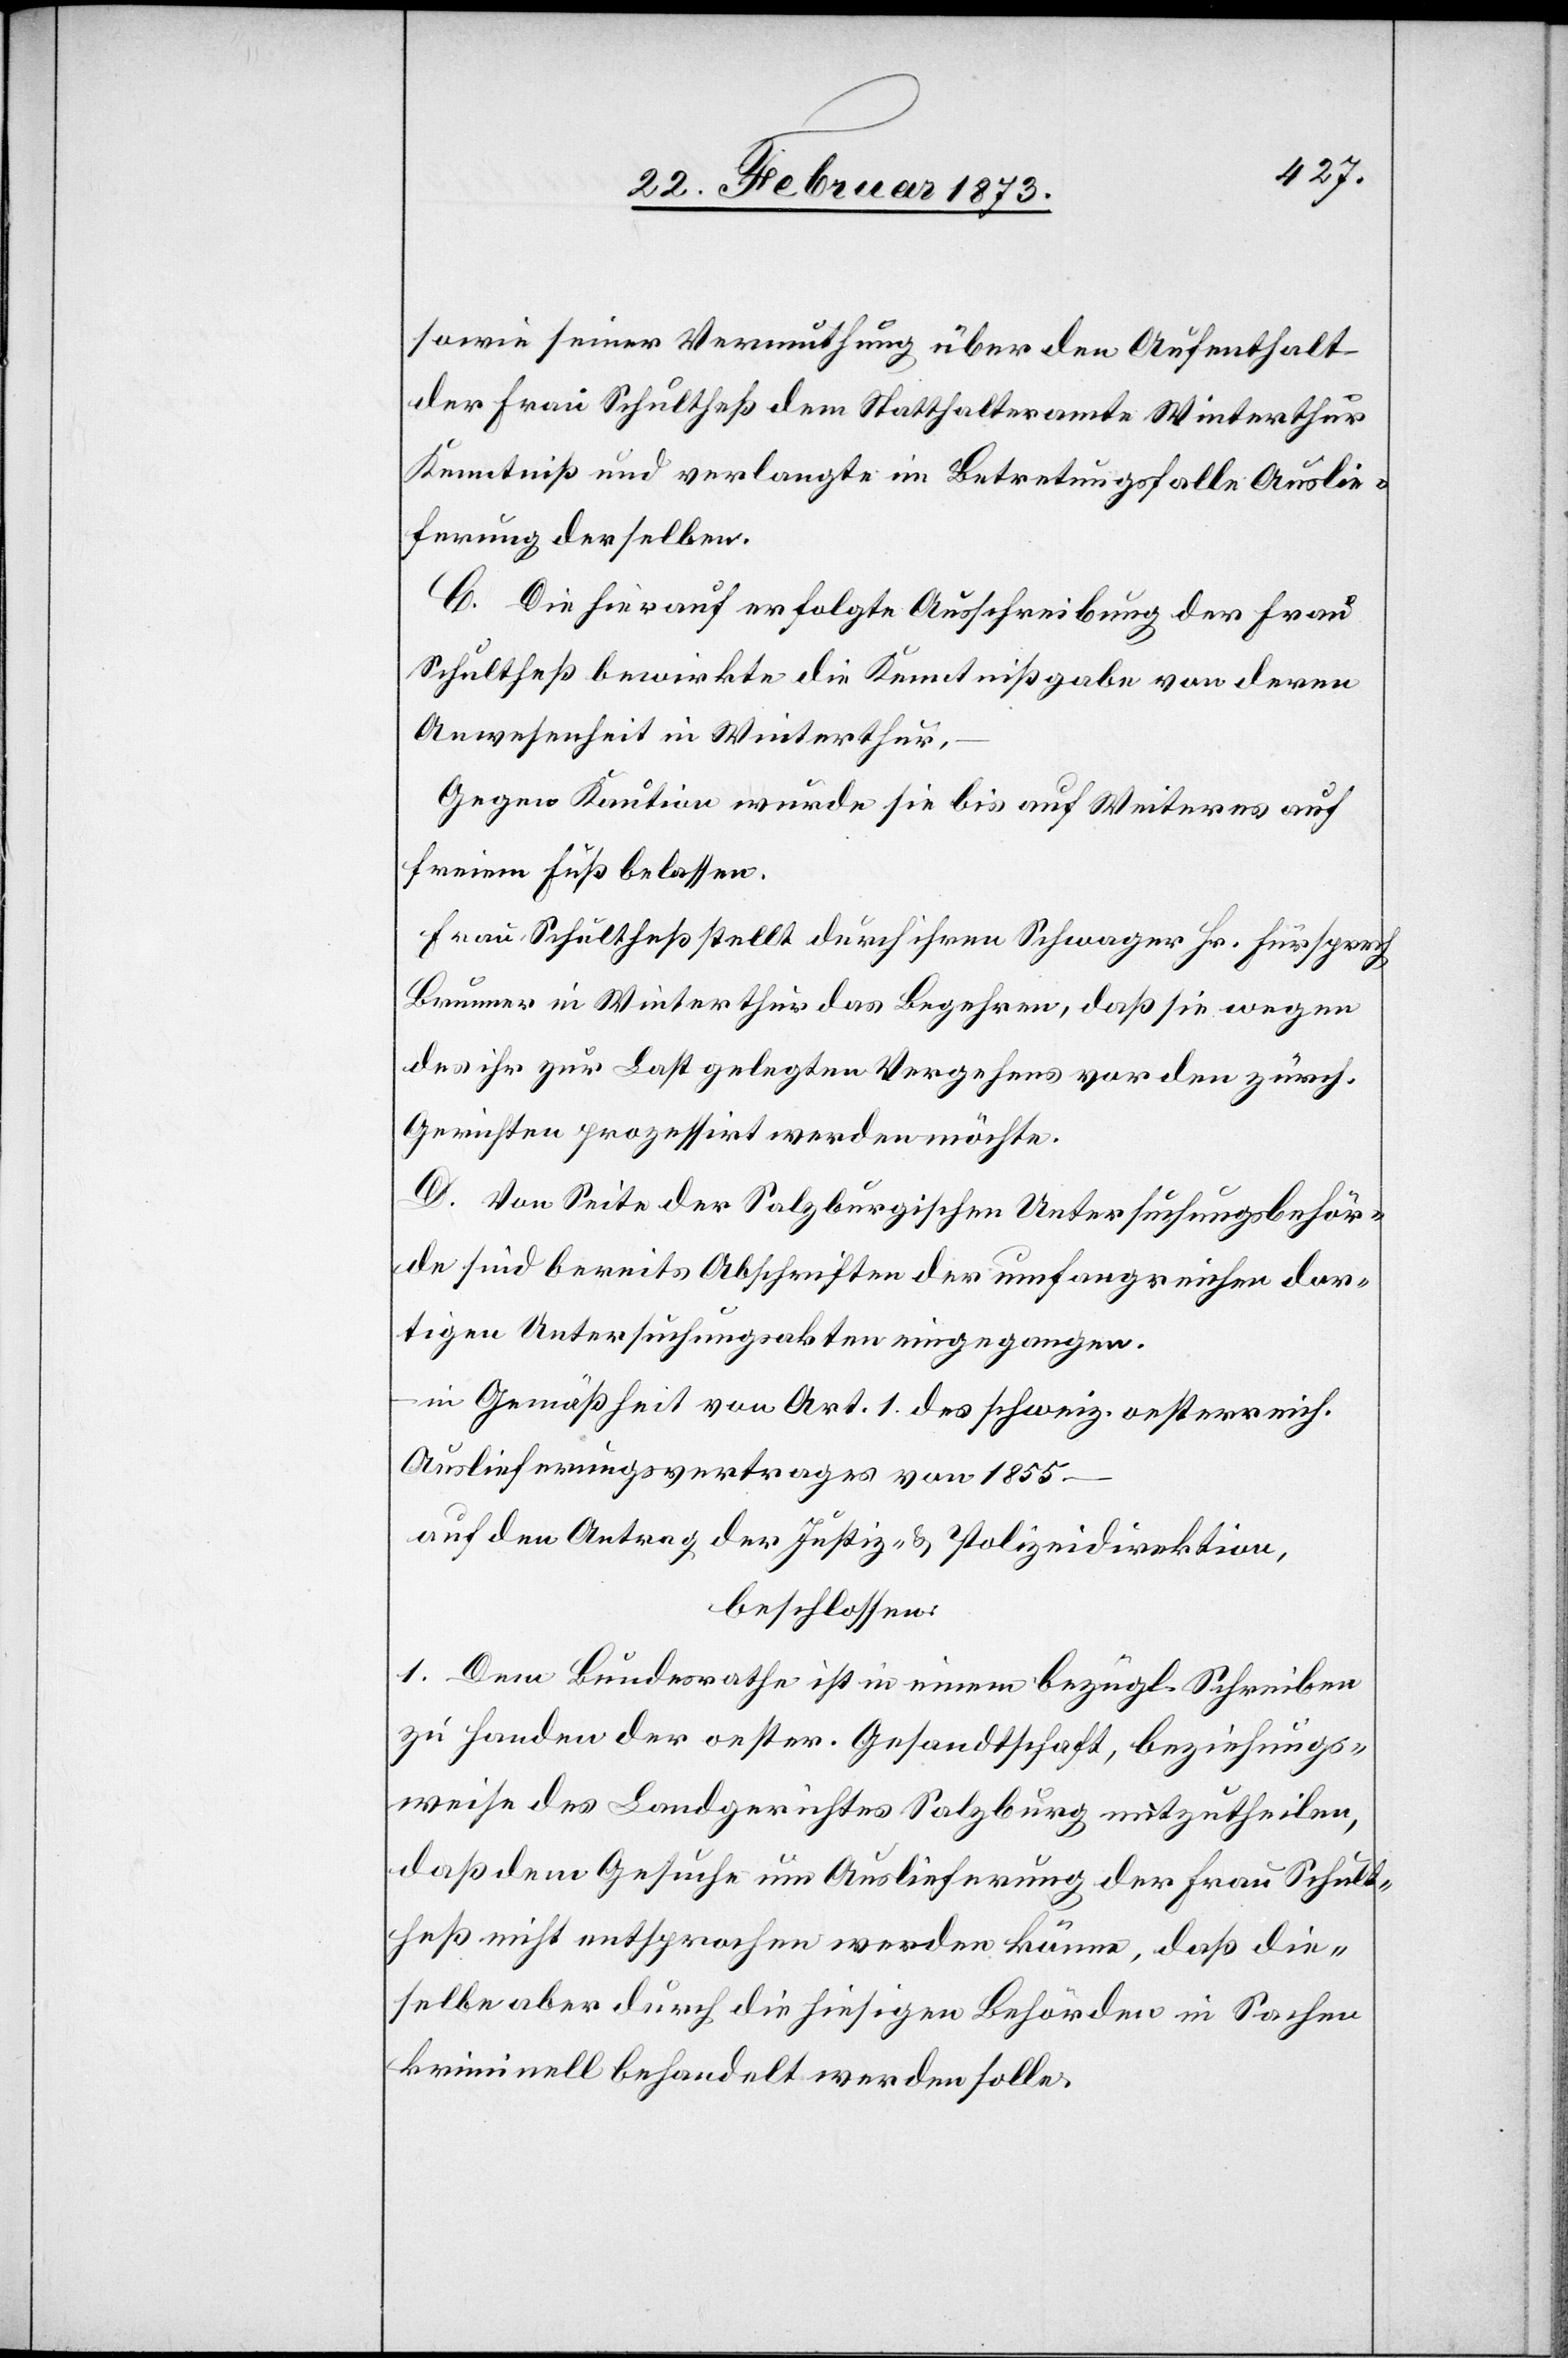
sowie seiner Vermuthung über den Aufenthalt
der Frau Schultheß dem Statthalteramte Winterthur
Kenntniß und verlangte im Betretungsfalle Auslie¬
ferung derselben.
C. Die hierauf erfolgte Ausschreibung der Frau
Schultheß bewirkte die Kenntnißgabe von deren
Anwesenheit in Winterthur,
Gegen Kaution wurde sie bis auf Weiteres auf
freiem Fuß belassen.
Frau Schultheß stellt durch ihren Schwager Hr. Fürsprech
Brunner in Winterthur das Begehren, daß sie wegen
des ihr zur Last gelegten Vergehens vor den zürch.
Gerichten prozessirt werden möchte.
D. Von Seite der Salzburgischen Untersuchungsbehör¬
de sind bereits Abschriften der umfangreichen dor¬
tigen Untersuchungsakten eingegangen.
in Gemäßheit von Art. 1. des schweiz. oesterreich.
Auslieferungsvertrages von 1855
auf den Antrag der Justiz- u. Polizeidirektion,
beschlossen:
1. Dem Bundesrathe ist in einem bezügl. Schreiben
zu Handen der oester. Gesandtschaft, beziehungs¬
weise des Landgerichtes Salzburg mitzutheilen,
daß dem Gesuche um Auslieferung der Frau Schult¬
heß nicht entsprochen werden könne, daß die¬
selbe aber durch die hiesigen Behörden in Sachen
kriminell behandelt werden solle.